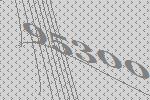
95300